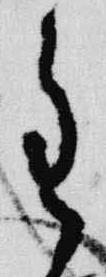
重